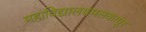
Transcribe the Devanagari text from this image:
महाविद्यालयमलकापूर